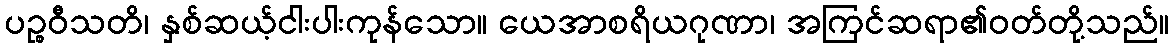
ပဉ္စဝီသတိ၊ နှစ်ဆယ့်ငါးပါးကုန်သော။ ယေအာစရိယဂုဏာ၊ အကြင်ဆရာ၏ဝတ်တို့သည်။